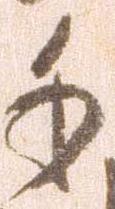
千